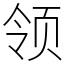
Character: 领